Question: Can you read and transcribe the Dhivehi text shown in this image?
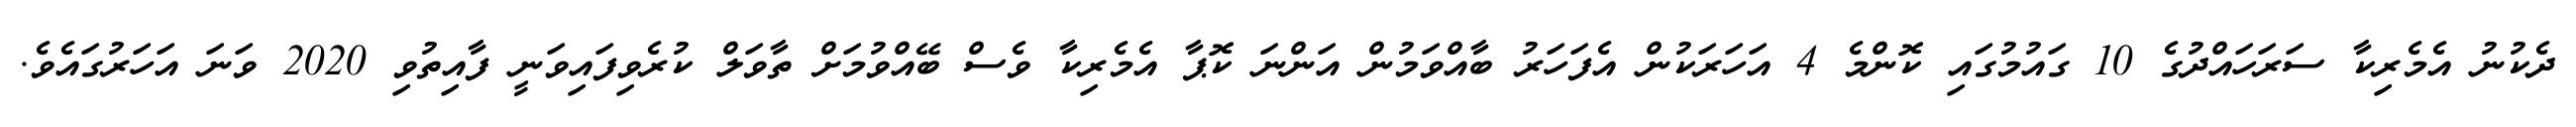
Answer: ދެކުނު އެމެރިކާ ސަރަހައްދުގެ 10 ގައުމުގައި ކޮންމެ 4 އަހަރަކުން އެފަހަރު ބާއްވަމުން އަންނަ ކޮޕާ އެމެރިކާ ވެސް ބޭއްވުމަށް ތާވަލް ކުރެވިފައިވަނީ ފާއިތުވި 2020 ވަނަ އަހަރުގައެވެ.